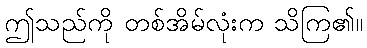
ဤသည်ကို တစ်အိမ်လုံးက သိကြ၏။